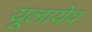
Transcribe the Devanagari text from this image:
यूलायेव